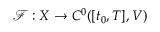
\mathcal { F } : X \to C ^ { 0 } ( [ t _ { 0 } , T ] , V )